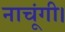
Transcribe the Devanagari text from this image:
नाचूंगी।